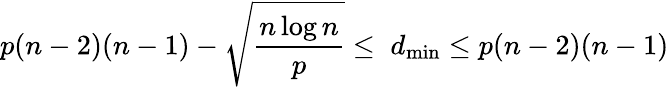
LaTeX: p(n-2)(n-1)-\sqrt{\frac{n\log n}{p}}\leq\; d_{\operatorname*{min}}\leq p(n-2)(n-1)